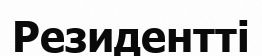
Резидентті